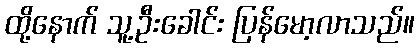
ထို့နောက် သူ့ဦးခေါင်း ပြန်မော့လာသည်။